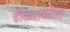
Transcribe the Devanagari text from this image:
डोळ्यावरील